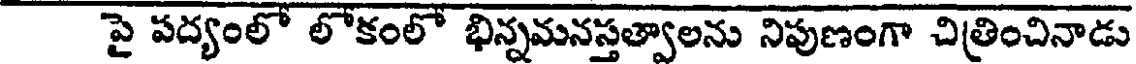
పై పద్యంలో లోకంలో భిన్నమనస్తత్వాలను నిపుణంగా చిత్రించినాడు